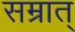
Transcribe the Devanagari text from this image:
सम्रात्